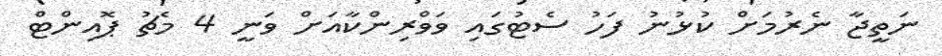
ނަތީޖާ ނެރުމަށް ކުޅުނު ފަހު ސެޓުގައި ވަވްރިންކާއަށް ވަނީ 4 މެޗު ޕޮއިންޓް